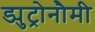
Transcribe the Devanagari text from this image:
ड्युट्रोनौमी